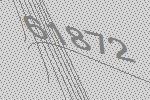
61872